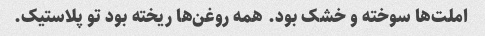
املت‌ها سوخته و خشک بود. همه روغن‌ها ریخته بود تو پلاستیک.